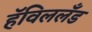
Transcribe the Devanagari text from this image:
हॅविललँड